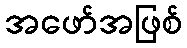
အဖော်အဖြစ်